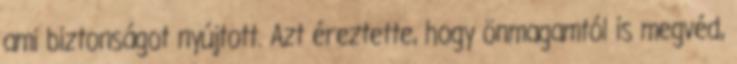
ami biztonságot nyújtott. Azt éreztette, hogy önmagamtól is megvéd,